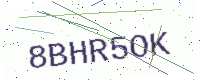
Text: 8BHR5OK